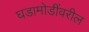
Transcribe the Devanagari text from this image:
घडामोडींवरील